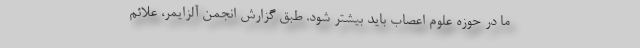
ما در حوزه علوم اعصاب باید بیشتر شود. طبق گزارش انجمن آلزایمر، علائم